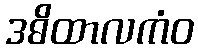
ဒဓိထာလကံဝ